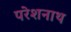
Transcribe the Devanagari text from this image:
परेशनाथ